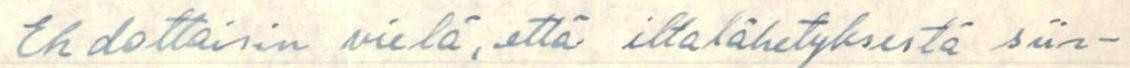
Ehdottaisin vielä, että iltalähetyksestä siir-